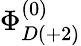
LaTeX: \Phi_{D(+2)}^{(0)}